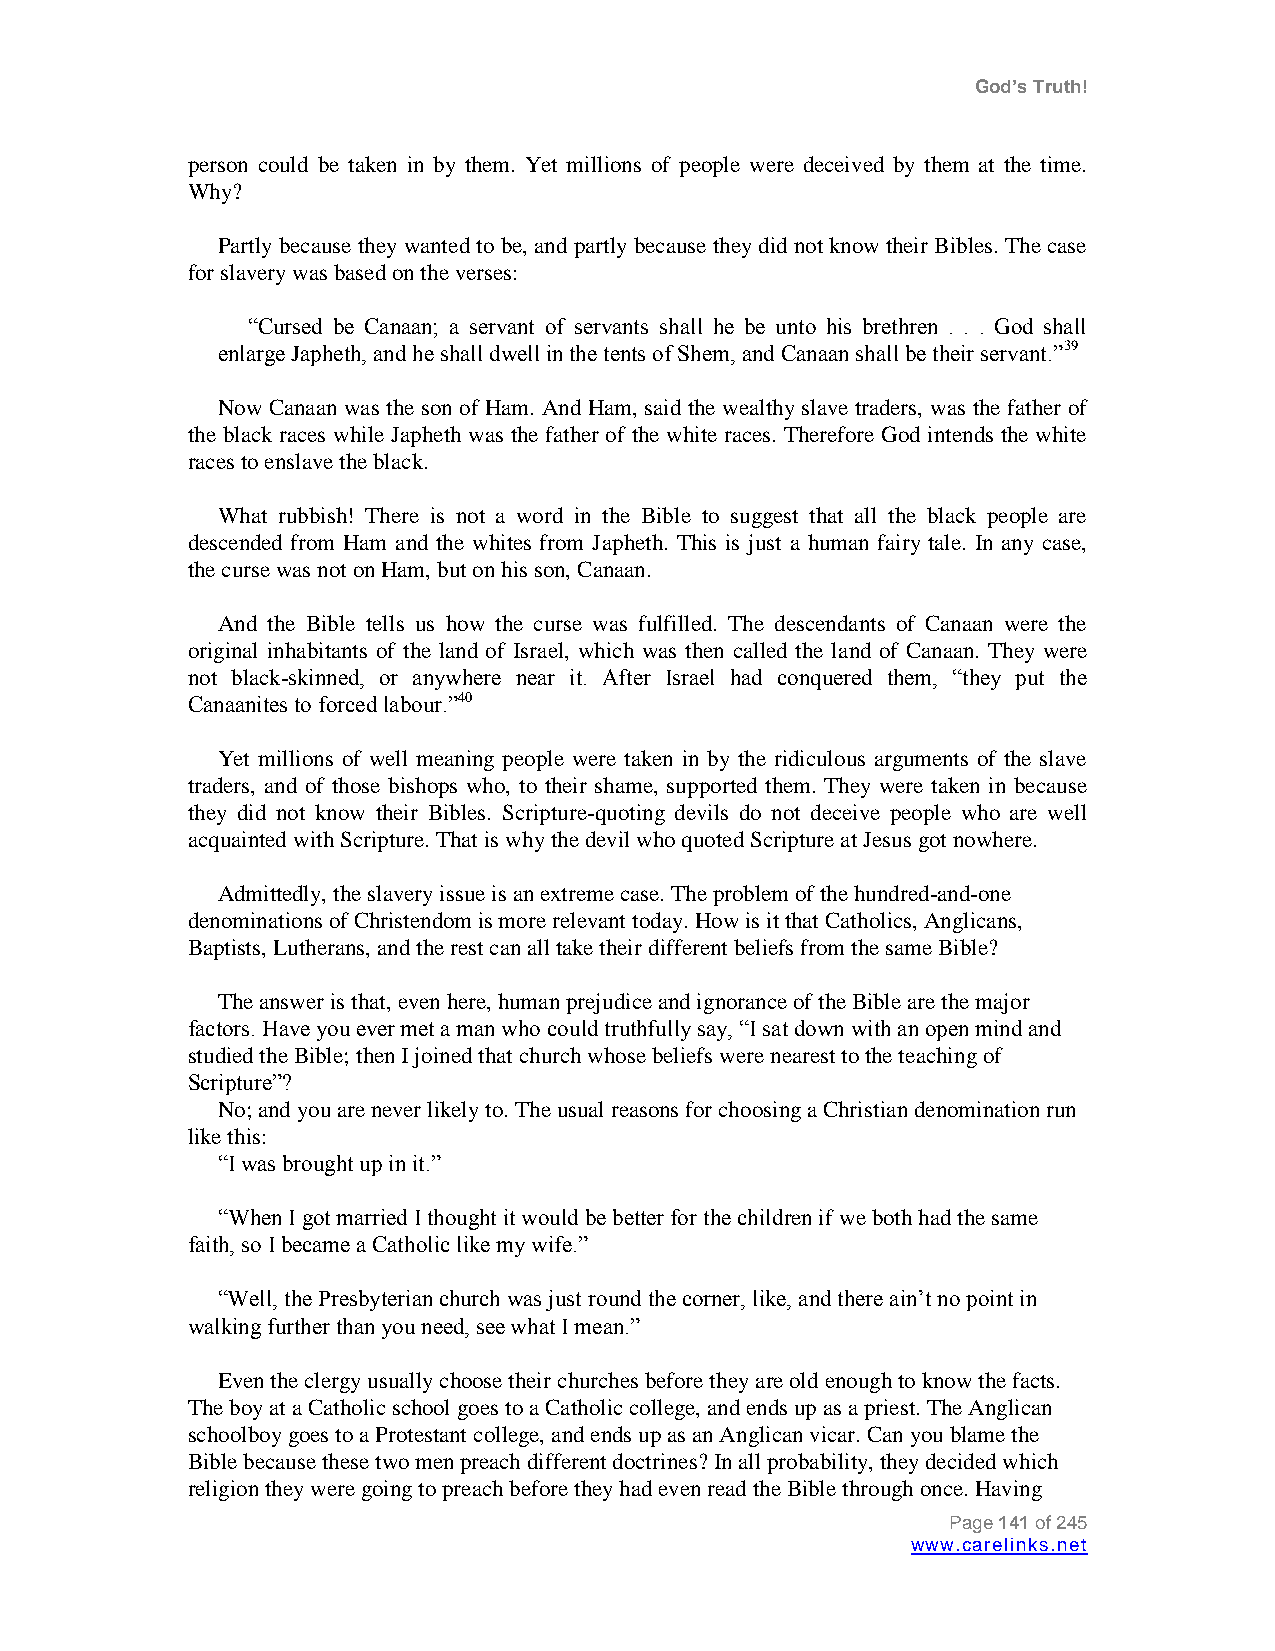
God’s Truth!
 person could be taken in by them. Yet millions of people were deceived by them at the time.
 Why?
 Partly because they wanted to be, and partly because they did not know their Bibles. The case
 for slavery was based on the verses:
 “Cursed be Canaan; a servant of servants shall he be unto his brethren . . . God shall
 enlarge Japheth, and he shall dwell in the tents of Shem, and Canaan shall be their servant.”39
 Now Canaan was the son of Ham. And Ham, said the wealthy slave traders, was the father of
 the black races while Japheth was the father of the white races. Therefore God intends the white
 races to enslave the black.
 What rubbish! There is not a word in the Bible to suggest that all the black people are
 descended from Ham and the whites from Japheth. This is just a human fairy tale. In any case,
 the curse was not on Ham, but on his son, Canaan.
 And the Bible tells us how the curse was fulfilled. The descendants of Canaan were the
 original inhabitants of the land of Israel, which was then called the land of Canaan. They were
 not black-skinned, or anywhere near it. After Israel had conquered them, “they put the
 Canaanites to forced labour.”40
 Yet millions of well meaning people were taken in by the ridiculous arguments of the slave
 traders, and of those bishops who, to their shame, supported them. They were taken in because
 they did not know their Bibles. Scripture-quoting devils do not deceive people who are well
 acquainted with Scripture. That is why the devil who quoted Scripture at Jesus got nowhere.
 Admittedly, the slavery issue is an extreme case. The problem of the hundred-and-one
 denominations of Christendom is more relevant today. How is it that Catholics, Anglicans,
 Baptists, Lutherans, and the rest can all take their different beliefs from the same Bible?
 The answer is that, even here, human prejudice and ignorance of the Bible are the major
 factors. Have you ever met a man who could truthfully say, “I sat down with an open mind and
 studied the Bible; then I joined that church whose beliefs were nearest to the teaching of
 Scripture”?
 No; and you are never likely to. The usual reasons for choosing a Christian denomination run
 like this:
 “I was brought up in it.”
 “When I got married I thought it would be better for the children if we both had the same
 faith, so I became a Catholic like my wife.”
 “Well, the Presbyterian church was just round the corner, like, and there ain‟t no point in
 walking further than you need, see what I mean.”
 Even the clergy usually choose their churches before they are old enough to know the facts.
 The boy at a Catholic school goes to a Catholic college, and ends up as a priest. The Anglican
 schoolboy goes to a Protestant college, and ends up as an Anglican vicar. Can you blame the
 Bible because these two men preach different doctrines? In all probability, they decided which
 religion they were going to preach before they had even read the Bible through once. Having
 Page 141 of 245
 www.carelinks.net